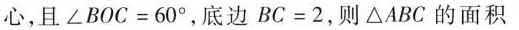
心，且$$\angle B O C = 6 0°$$，底边$$B C = 2$$，则\bigtriangleup ABC的面积